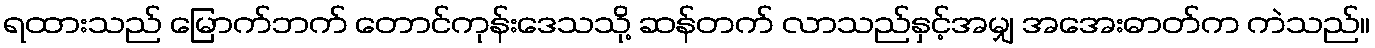
ရထားသည် မြောက်ဘက် တောင်ကုန်းဒေသသို့ ဆန်တက် လာသည်နှင့်အမျှ အအေးဓာတ်က ကဲသည်။